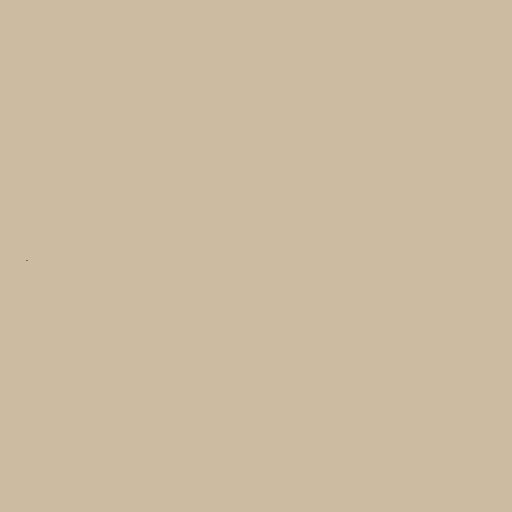
.